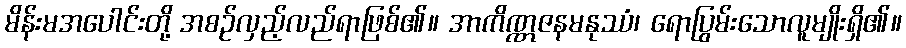
မိန်းမအပေါင်းတို့ အစဉ်လှည့်လည်ရာဖြစ်၏။ အာကိဏ္ဏဇနမနုဿံ၊ ရောပြွမ်းသောလူမျိုးရှိ၏။